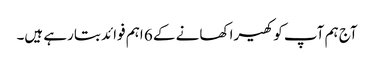
آج ہم آپ کو کھیرا کھانے کے 6 اہم فوائد بتارہے ہیں۔